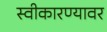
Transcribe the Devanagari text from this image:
स्वीकारण्यावर